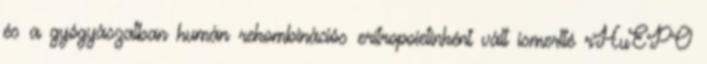
és a gyógyászatban humán rekombinációs eritropoietinként vált ismertté rHuEPO